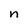
Character: n